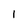
Character: l